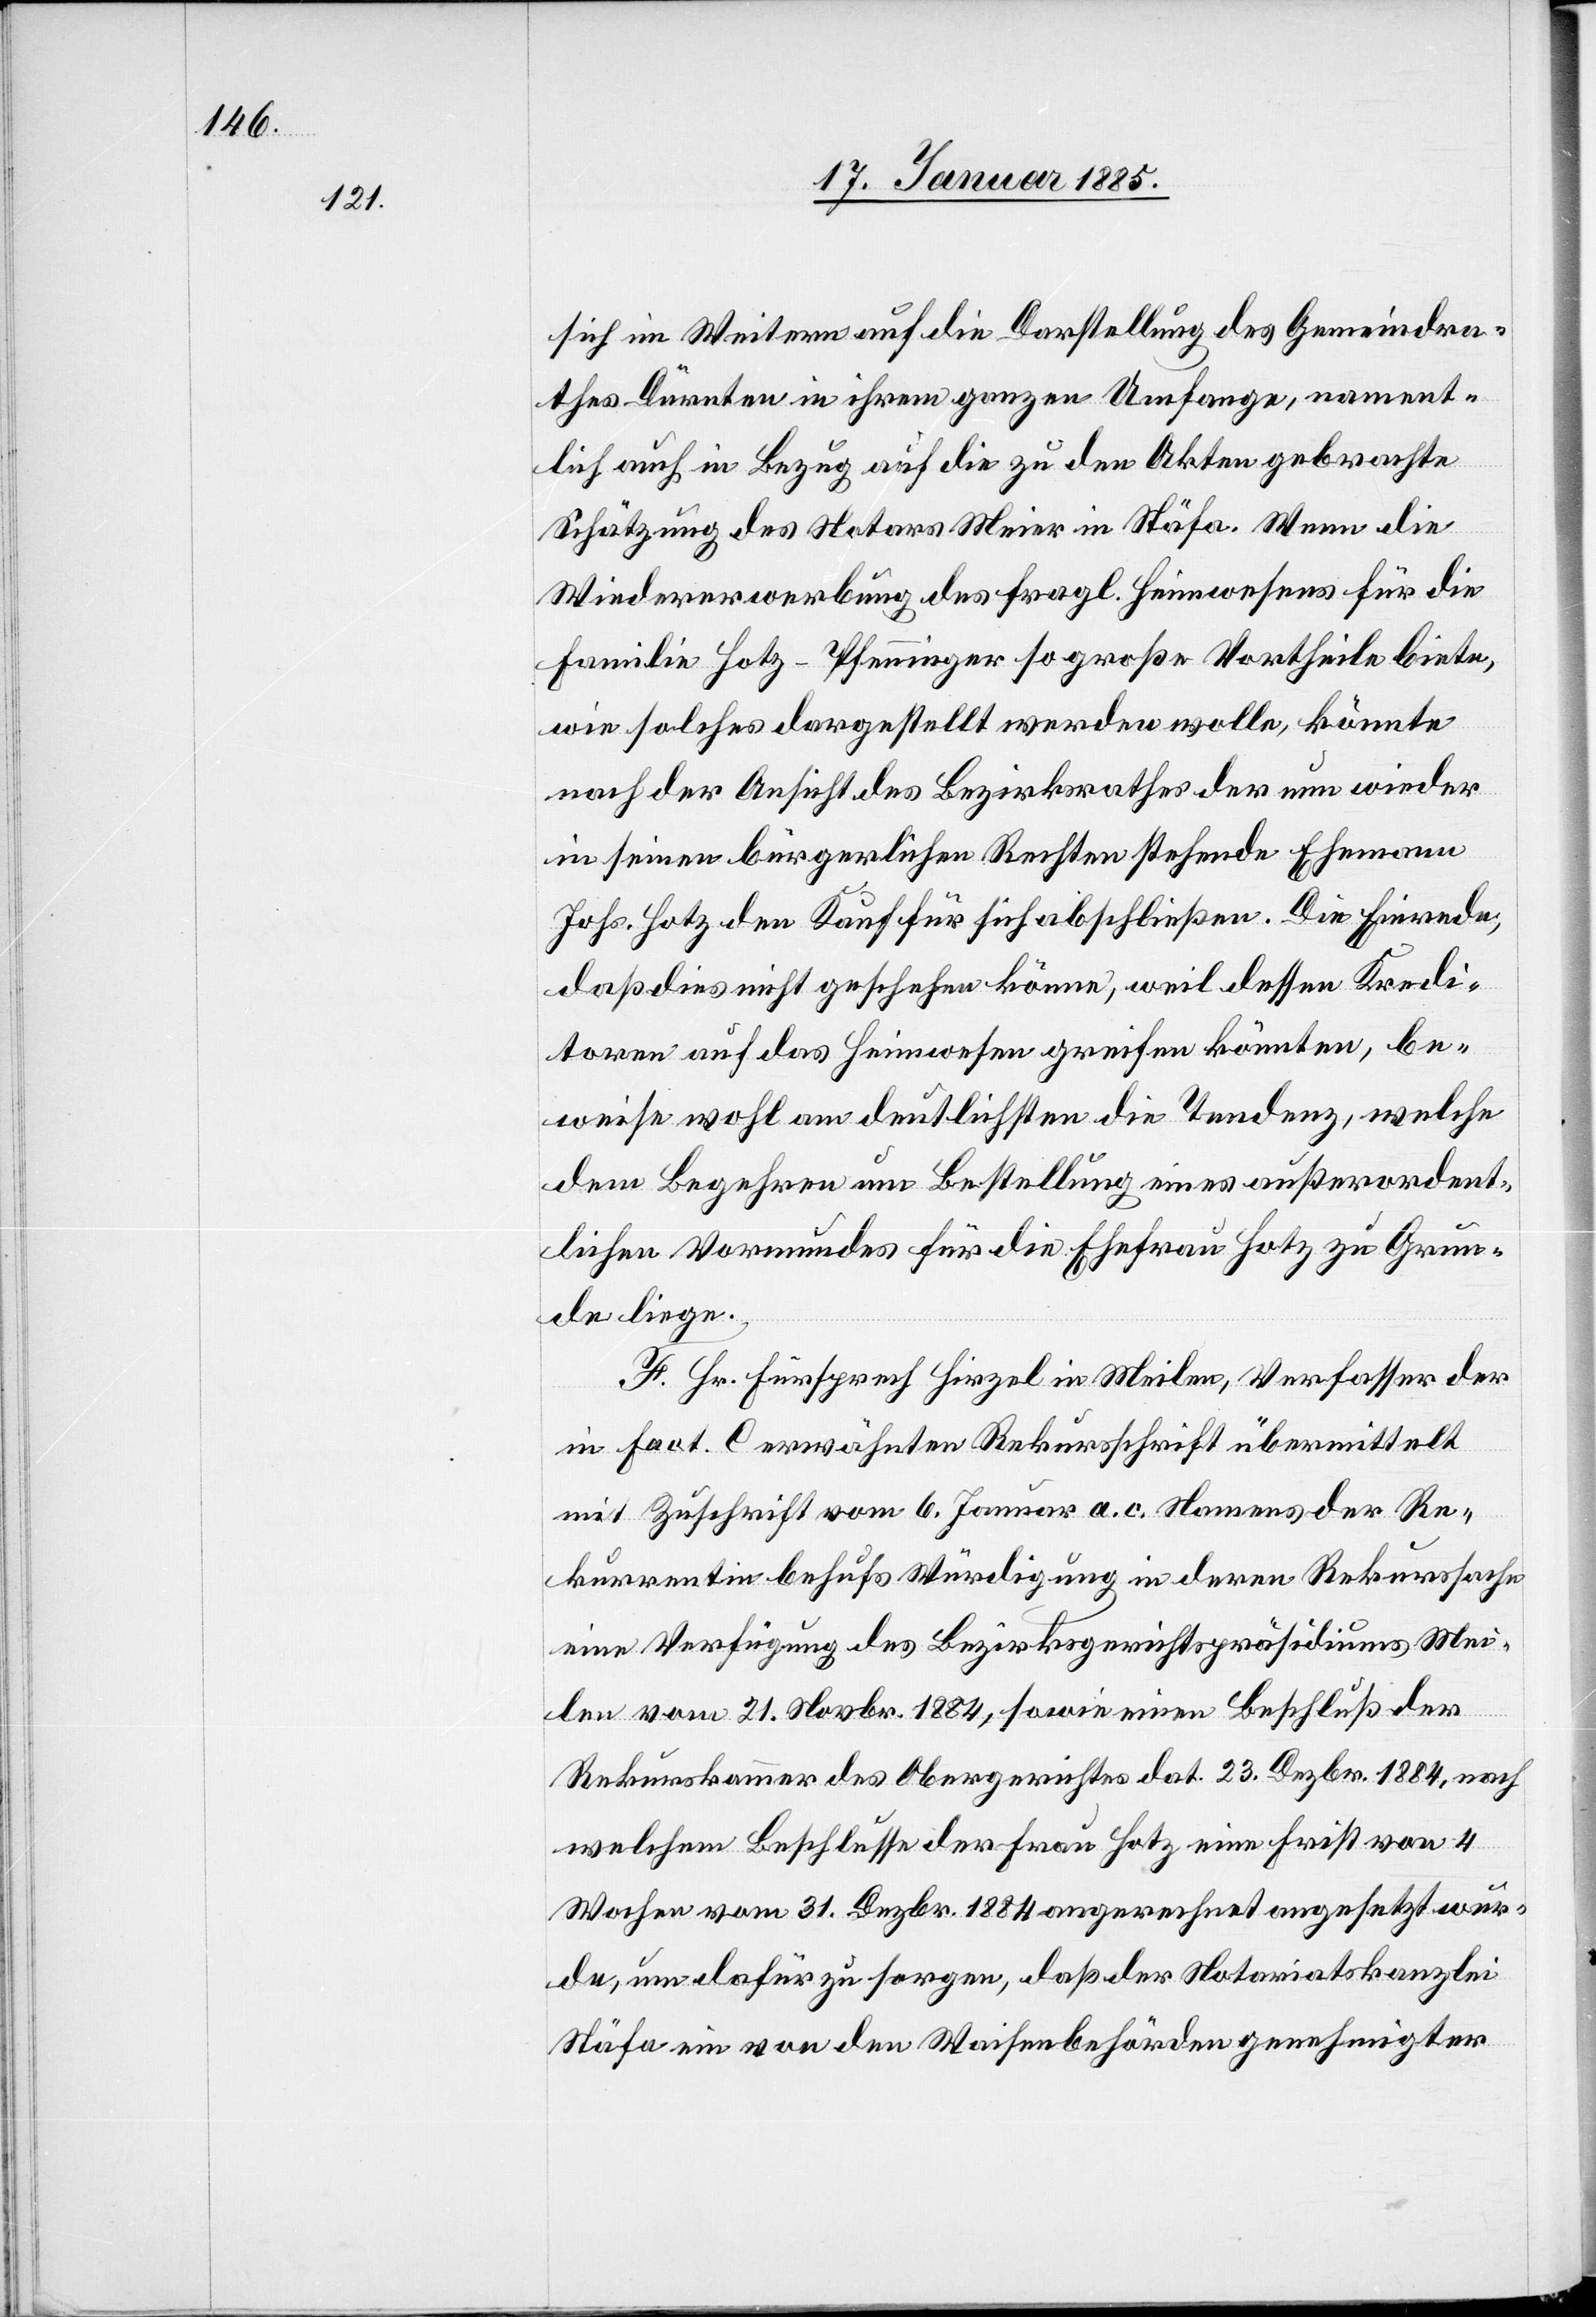
sich im Weitern auf die Darstellung des Gemeindra¬
thes Dürnten in ihrem ganzen Umfange, nament¬
lich auch in Bezug auf die zu den Akten gebrachte
Schätzung des Notars Meier in Stäfa. Wenn die
Wiedererwerbung des fragl. Heimwesens für die
Familie Hotz-Pfenninger so große Vortheile biete,
wie solches dargestellt werden wolle, könnte
nach der Ansicht des Bezirksrathes der nun wieder
in seinen bürgerlichen Rechten stehende Ehemann
Johs. Hotz den Kauf für sich abschließen. Die Einwende,
daß dies nicht geschehen könne, weil dessen Kredi¬
toren auf das Heimwesen greifen könnten, be¬
weise wohl am deutlichsten die Tendenz, welche
dem Begehren um Bestellung eines außerordent¬
lichen Vormundes für die Ehefrau Hotz zu Grun¬
de liege.
F. Hr. Fürsprech Hirzel in Meilen, Verfasser der
in Fact. C erwähnten Rekursschrift übermittelt
mit Zuschrift vom 6. Januar a. c. Namens der Re¬
kurrentin behufs Würdigung in deren Rekurssache
eine Verfügung des Bezirksgerichtspräsidiums Mei¬
len vom 21. Novbr. 1884, sowie einen Beschluß der
Rekurskammer des Obergerichtes dat. 23. Dezbr. 1884, nach
welchem Beschlusse der Frau Hotz eine Frist von 4
Wochen vom 31. Dezbr. 1884 angerechnet angesetzt wur¬
de, um dafür zu sorgen, daß der Notariatskanzlei
Stäfa ein von den Waisenbehörden genehmigter